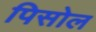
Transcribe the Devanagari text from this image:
पिसोल